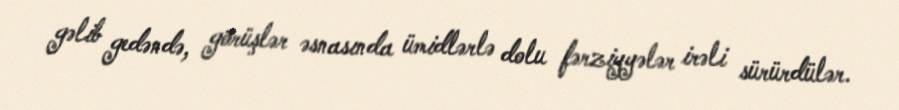
gəlib gedəndə, görüşlər əsnasında ümidlərlə dolu fərziyyələr irəli sürürdülər.